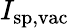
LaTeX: I_{\mathrm{sp,vac}}